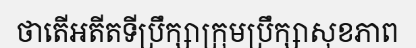
ថាតើអតីតទីប្រឹក្សាក្រុមប្រឹក្សាសុខភាព